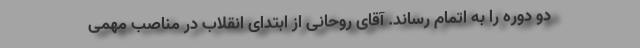
دو دوره را به اتمام رساند. آقای روحانی از ابتدای انقلاب در مناصب مهمی